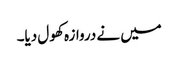
میں نے دروازہ کھول دیا۔